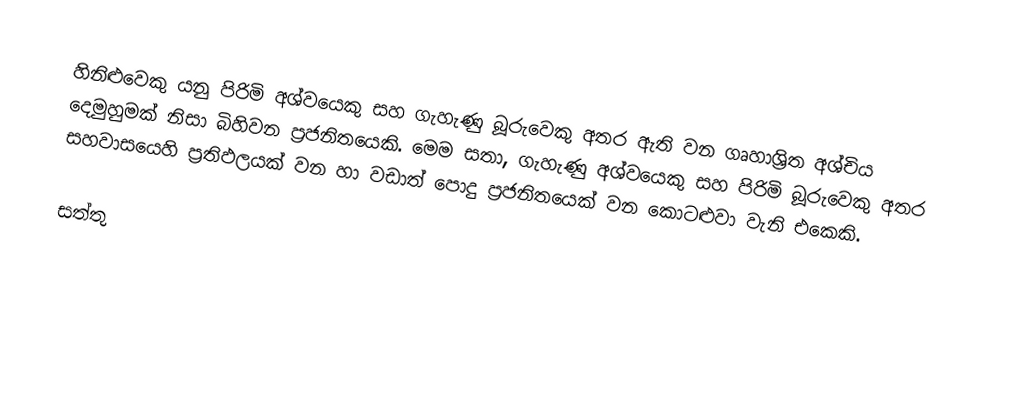
හිනිළුවෙකු යනු පිරිමි අශ්වයෙකු සහ ගැහැණු බූරුවෙකු  අතර ඇති වන ගෘහාශ්‍රිත අශ්චිය දෙමුහුමක් නිසා බිහිවන ප්‍රජනිතයෙකි. මෙම සතා, ගැහැණු අශ්වයෙකු සහ පිරිමි බූරුවෙකු අතර සහවාසයෙහි ප්‍රතිඵලයක් වන හා වඩාත් පොදු  ප්‍රජනිතයෙක් වන කොටළුවා වැනි එකෙකි.

සත්තු